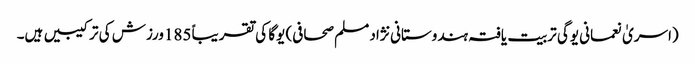
(اسریٰ نعمانی یوگی تربیت یافتہ ہندوستانی نژاد مسلم صحافی) یوگا کی تقریباً 185ورزش کی ترکیبیں ہیں۔